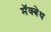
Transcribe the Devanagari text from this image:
मॅक्बेथ